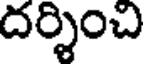
దర్శించి